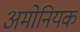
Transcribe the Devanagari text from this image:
अमोनियक